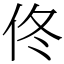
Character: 佟